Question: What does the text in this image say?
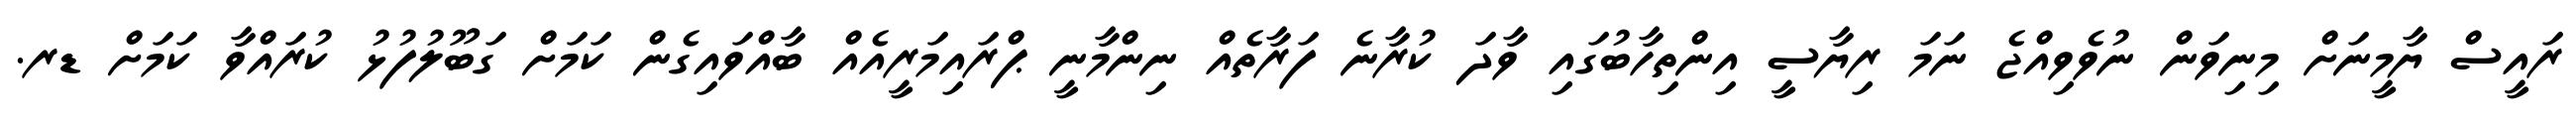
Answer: ރައީސް ޔާމީނަށް މިނިވަން ނުވެވިއްޖެ ނަމަ ރިޔާސީ އިންތިހާބުގައި ވާދަ ކުރާނެ ފަރާތެއް ނިންމާނީ ޕްރައިމަރީއެއް ބާއްވައިގެން ކަމަށް ގަބޫލުފުޅު ކުރައްވާ ކަމަށް ޑރ.